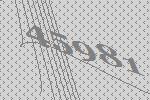
45981